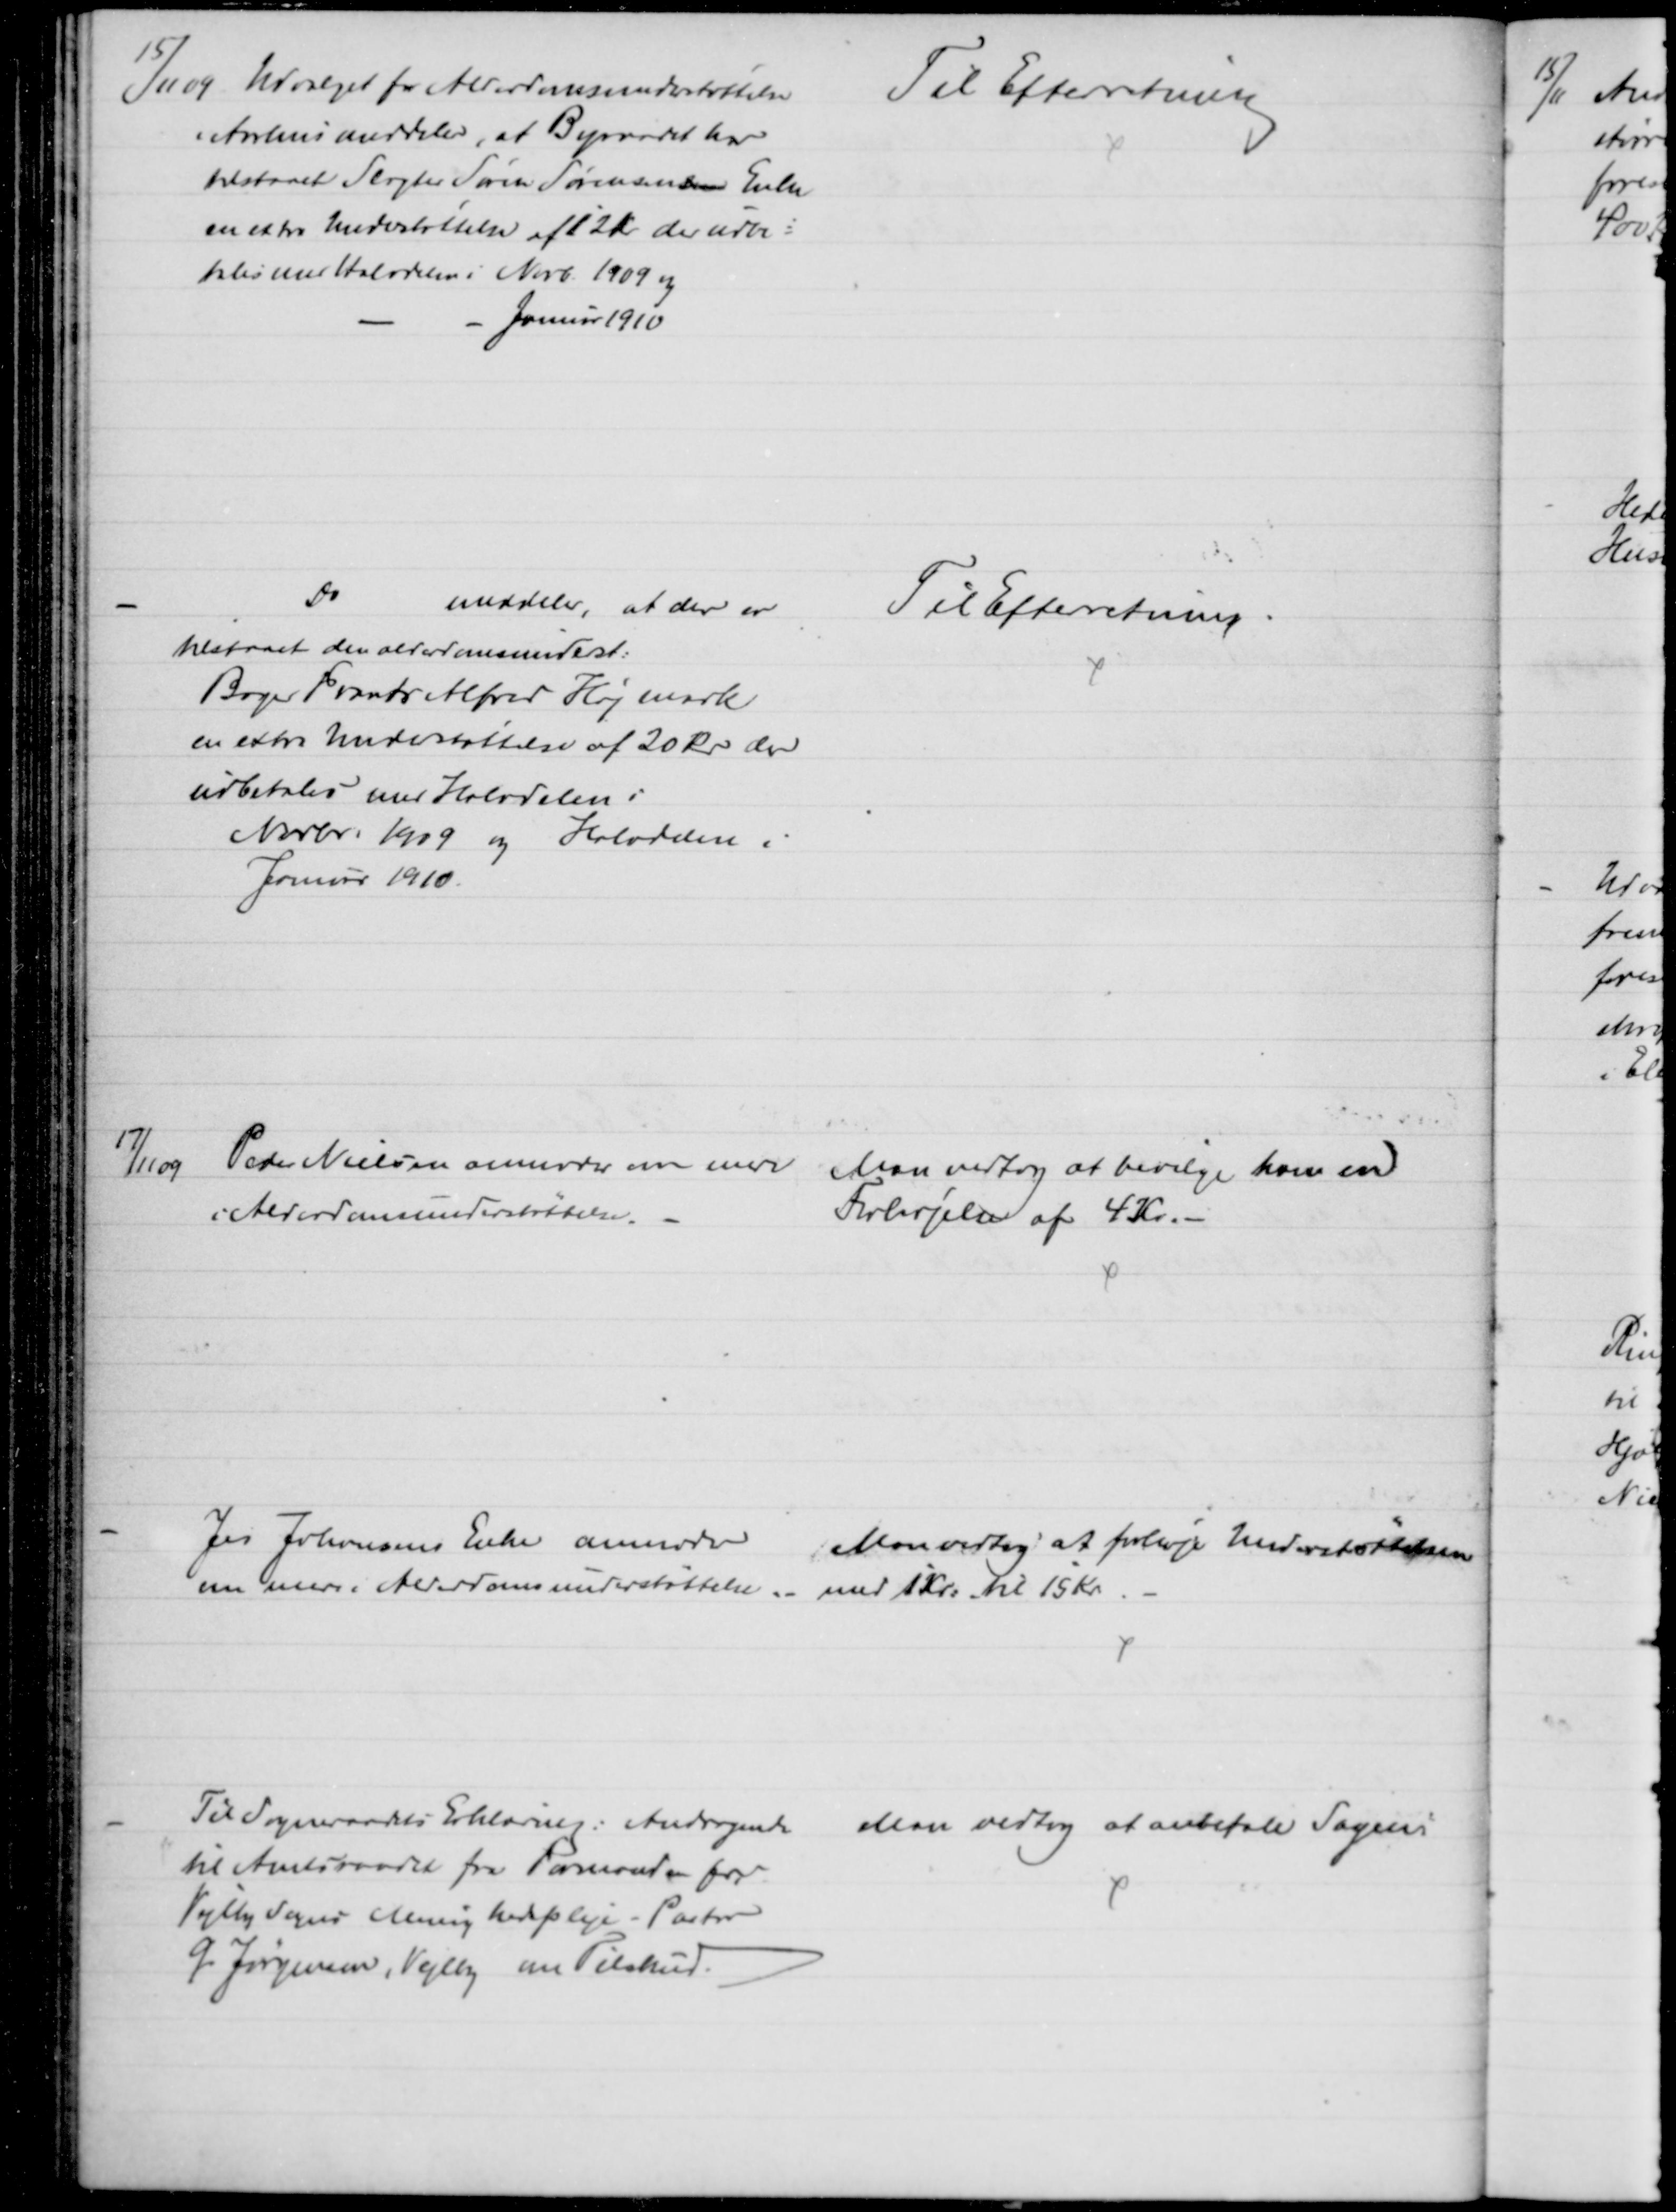
Transskription:
15/11 09 Udvalget for Alderdomsunderstøttelse
i Aarhus meddeler, at Byraadet har
tilstaaet Slagter Søren Sørensensen Enke
en extra Understøttelse af 12 Kr der udbe=
tales med Halvdelen i Novb. 1909 og
- Januar 1910
Til Efterretning
Do
meddeler, at der er
tilstaaet den alderdomsunderst:
Bager Frants Alfred Højmark
en extra Understøttelse af 20 Kr der
udbetales med Halvdelen i
Novbr. 1909 og Halvdelen i
Januar 1910.
Til Efterretning.
17/11 09
Peder Nielsen anmoder om mere
i Alderdomsunderstøttelse.
Man vedtog at bevilge ham en
Forhøjelse af 4 Kr.
Jes Johansens Enke anmoder
om mere i Alderdomsunderstøttelse
Man vedtog at forhøje Understøttelsen
med 1 Kr. til 15 Kr.
Til Sogneraadets Erklæring: Andragende 
til Amtsraadet fra Formanden for
Vejlby Sogns Menighedspleje - Pastor
G. Jørgensen, Vejlby om Tilskud.
Man vedtog at anbefale Sagens